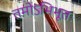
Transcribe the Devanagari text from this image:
तमोऽभिभूतः